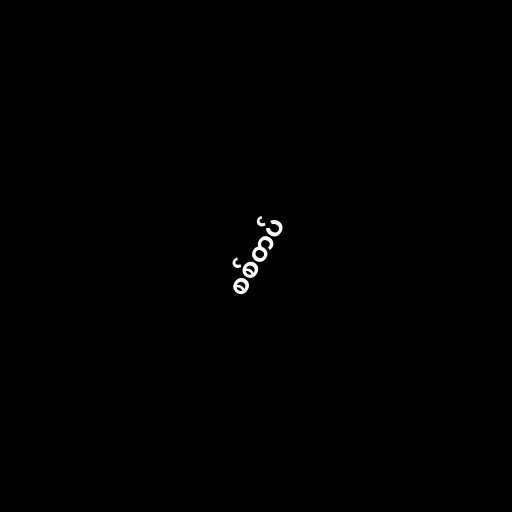
စစ်တပ်